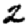
Digit: 2